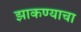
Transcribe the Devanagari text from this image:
झाकण्याचा